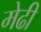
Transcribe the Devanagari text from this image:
मेढी